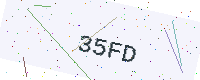
Text: 35FD